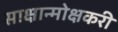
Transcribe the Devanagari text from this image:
साक्षान्मोक्षकरी